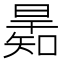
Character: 𣊋